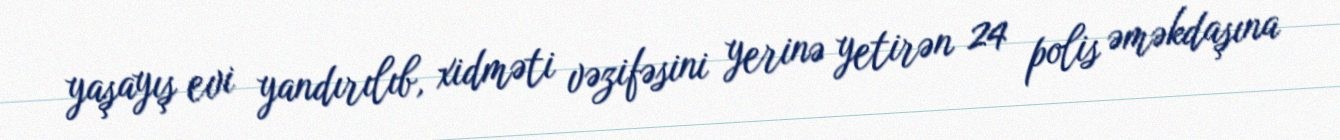
yaşayış evi yandırılıb, xidməti vəzifəsini yerinə yetirən 24 polis əməkdaşına